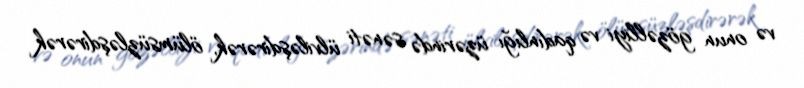
və onun gözəlliyi və qadınlığı üzərində sənəti ülviləşdirərək, ölümsüzləşdirərək